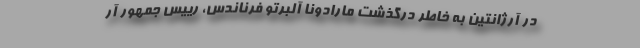
در آرژانتین به خاطر درگذشت مارادونا آلبرتو فرناندس، رییس جمهور آر